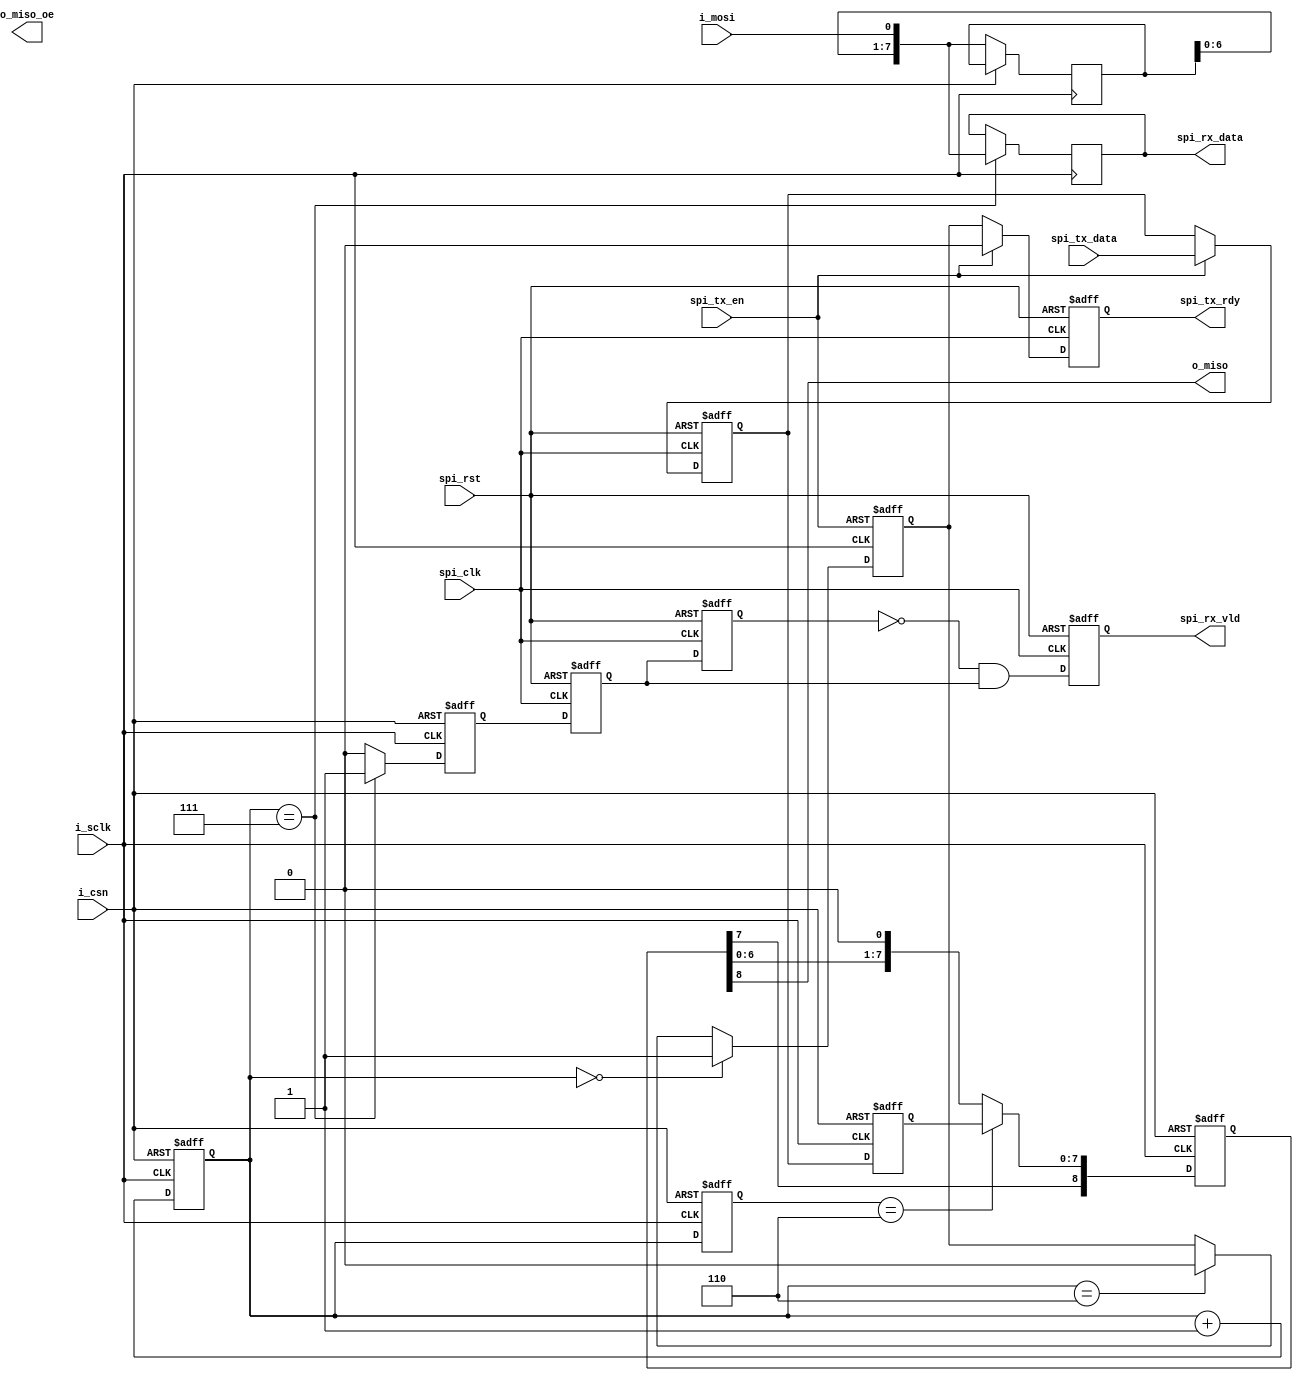
//=============================================================================
// Copyright(c) 2016 Lattice Semiconductor Corporation. All rights reserved.  
//=============================================================================
// Module:         rmi_spi_slave_phy
//                
// History:
//     2014/00/10     Leo      Creation.
//      
//=============================================================================

module rmi_spi_slave_phy (
    o_miso,
    o_miso_oe,
    i_mosi,
    i_csn,
    i_sclk,
    
    spi_clk,
    spi_rst,
    spi_tx_en,
    spi_tx_data,
    spi_tx_rdy,
    spi_rx_vld,
    spi_rx_data
);

//=============================================================================
// Local parameter.
//=============================================================================
localparam SDBRE = 1'b0;   // 1MHz
localparam CPOL  = 1'b0;   // CPOL is 0
localparam CPHA  = 1'b0;   // CPHA is 0
localparam LSBF  = 1'b0;   // MSB first

//=============================================================================
// Input & output.
//=============================================================================
output         o_miso;
output         o_miso_oe;
input          i_mosi;
input          i_csn;
input          i_sclk;
    

input          spi_clk;
input          spi_rst;
input          spi_tx_en;
input  [7:0]   spi_tx_data;
output         spi_tx_rdy;
output         spi_rx_vld;
output [7:0]   spi_rx_data;

//=============================================================================
// Wire & reg.
//=============================================================================
reg  [7:0]     rx_data_int = 8'd0; 
reg  [8:0]     tx_data_int = 9'd0; 
reg  [7:0]     tx_data_sys; 
reg  [2:0]     sclk_cnt;
reg  [2:0]     sclk_cnt_d;

reg  [1:0]     spi_cnt;

reg  [7:0]     spi_rx_data = 8'd0;
wire           spi_ack;
wire           o_miso;
wire           o_miso_oe;

wire           tx_update;   
reg            tx_rdy_p;
reg            spi_tx_rdy;
reg  [7:0]     spi_tx_data_d; 

reg            rx_vld_p;
reg            rx_vld_d1;
reg            rx_vld_d2;
reg            rx_vld;

//=============================================================================
// sclk sample counter.
//=============================================================================
always @ (posedge i_sclk or posedge i_csn) begin
    if (i_csn) begin
        sclk_cnt  <= 3'b000;
        sclk_cnt_d<= 3'b000;
    end
    else begin
        sclk_cnt  <= sclk_cnt + 1;
        sclk_cnt_d<= sclk_cnt;
    end
end


//=============================================================================
// SPI transmit logic
//=============================================================================
// TX shift
assign tx_update = (sclk_cnt_d==6);
always @ (negedge i_sclk or posedge i_csn) begin
    if (i_csn) begin
        tx_data_int <= 9'b000000000;
    end else if (tx_update) begin
        tx_data_int <= {tx_data_int[7], tx_data_sys};
    end else begin
        tx_data_int <= {tx_data_int[7:0], 1'b0};
    end
end
assign o_miso = tx_data_int[8];
// TX buffer in sclk domain
always @ (negedge i_sclk or posedge i_csn) begin
    if (i_csn) begin
        tx_data_sys <= 8'b00000000;
    end else begin
        tx_data_sys <= spi_tx_data_d;
    end
end

// TX buffer in system clock domain
always @ (posedge spi_clk or posedge spi_rst) begin
    if (spi_rst) begin
        spi_tx_data_d <= 8'b00000000;
    end else if(spi_tx_en) begin
        spi_tx_data_d <= spi_tx_data;
    end
end

// TX ready
always @ (posedge i_sclk or posedge spi_tx_en) begin
    if (spi_tx_en) begin
        tx_rdy_p <= 1'b0;
     end else if(sclk_cnt==0) begin
        tx_rdy_p <= 1'b1;
     end else if(sclk_cnt==6) begin
        tx_rdy_p <= 1'b0;
     end
end
// TX ready to system clock domain
always @ (posedge spi_clk or posedge spi_rst) begin
    if (spi_rst) begin
        spi_tx_rdy <= 1'b0;
    end else if(spi_tx_en) begin
        spi_tx_rdy <= 1'b0;
    end else begin
        spi_tx_rdy <= tx_rdy_p;
    end
end

//=============================================================================
// SPI receiver logic
//=============================================================================
// Sample shift
always @ (posedge i_sclk) begin
    if (i_csn == 1'b0) begin
        rx_data_int <= {rx_data_int[6:0], i_mosi};
    end
end
// Receive byte buffer
always @ (posedge i_sclk) begin
    if(sclk_cnt==7) begin
        spi_rx_data <= {rx_data_int[6:0], i_mosi};
    end
end

// Receive valid flag
always @ (posedge i_sclk or posedge i_csn) begin
    if (i_csn) begin
        rx_vld_p <= 1'b0;
    end else if(sclk_cnt==7) begin
        rx_vld_p <= 1'b1;
    end else begin
        rx_vld_p <= 1'b0;
    end
end
// clock domain switch
always @ (posedge spi_clk or posedge spi_rst) begin
    if (spi_rst) begin
        rx_vld_d1 <= 1'b0;
        rx_vld_d2 <= 1'b0;
        rx_vld    <= 1'b1;
    end else begin
        rx_vld_d1 <= rx_vld_p;
        rx_vld_d2 <= rx_vld_d1;
        rx_vld    <= (rx_vld_d2==1'b0 && rx_vld_d1==1'b1);
    end
end
assign spi_rx_vld = rx_vld;

endmodule